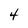
Character: 4